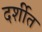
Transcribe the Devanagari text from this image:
दर्शीत